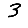
Digit: 3